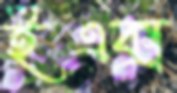
ইএক্স